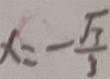
x = - \frac { \sqrt { 3 } } { 3 }